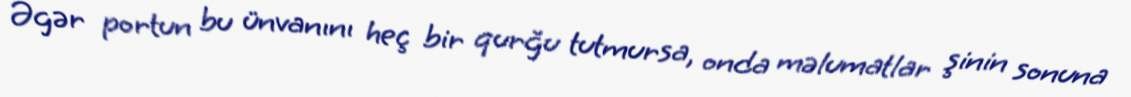
Əgər portun bu ünvanını heç bir qurğu tutmursa, onda məlumatlar şinin sonuna